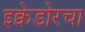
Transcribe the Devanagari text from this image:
इक्वेडोरचा